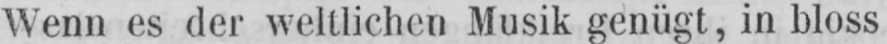
Wenn es der weltlichen Musik genügt, in bloss